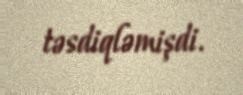
təsdiqləmişdi.